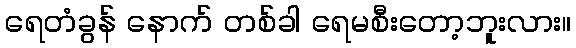
ရေတံခွန် နောက် တစ်ခါ ရေမစီးတော့ဘူးလား။